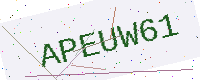
Text: APEUW61